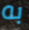
به